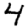
Digit: 4